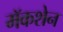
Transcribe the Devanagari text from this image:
मॅकशेन